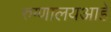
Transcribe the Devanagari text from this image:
रुग्णालयआहे